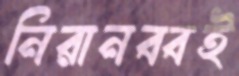
নিরানব্বই